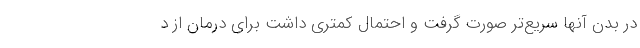
در بدن آنها سریع‌تر صورت گرفت و احتمال کمتری داشت برای درمان از د